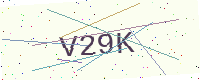
Text: V29K